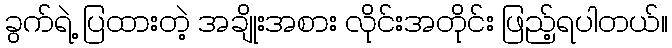
ခွက်ရဲ့ ပြထားတဲ့ အချိုးအစား လိုင်းအတိုင်း ဖြည့်ရပါတယ်။